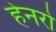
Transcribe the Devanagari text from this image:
हेनरो